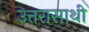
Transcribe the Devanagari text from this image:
उत्तरासाथी